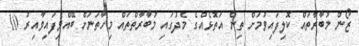
ޒޯން މުބާރާތައް ކޮލިފައިވުމަށް ތިން އަތޮޅެއްގެ މެދުގައި މުބާރާތްތައް މިހާތަނަށް ބޭއްވިފައިވާއިރު 10